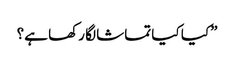
”کیا کیا تماشا لگا رکھا ہے؟